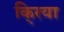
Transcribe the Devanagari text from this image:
कि्रया